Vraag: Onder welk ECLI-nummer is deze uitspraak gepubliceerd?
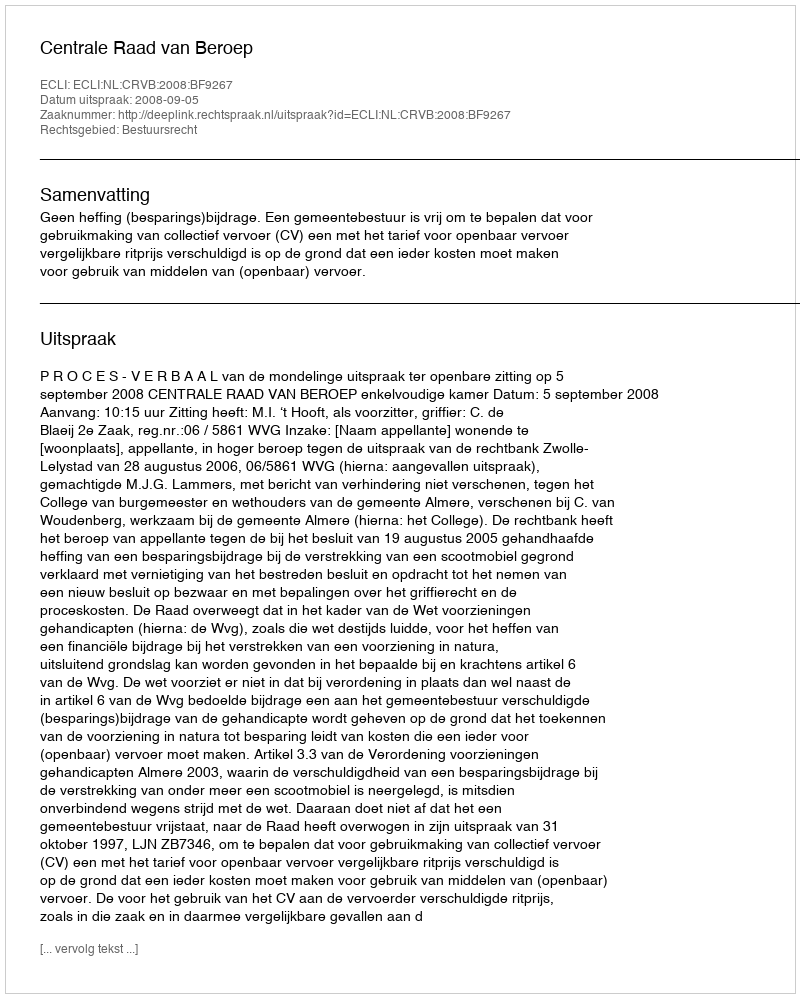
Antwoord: ECLI:NL:CRVB:2008:BF9267